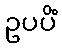
ဥပပိံ